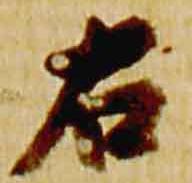
右